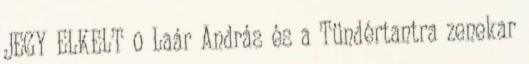
JEGY ELKELT 0 Laár András és a Tündértantra zenekar